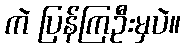
ကဲ ပြန်ကြဦးမှပဲ။